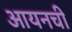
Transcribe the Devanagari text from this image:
आयनची